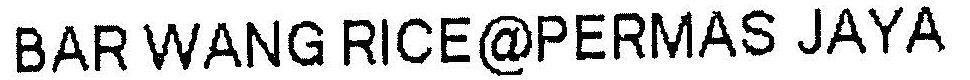
BAR WANG RICE@PERMAS JAYA